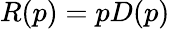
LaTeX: R(p)=pD(p)